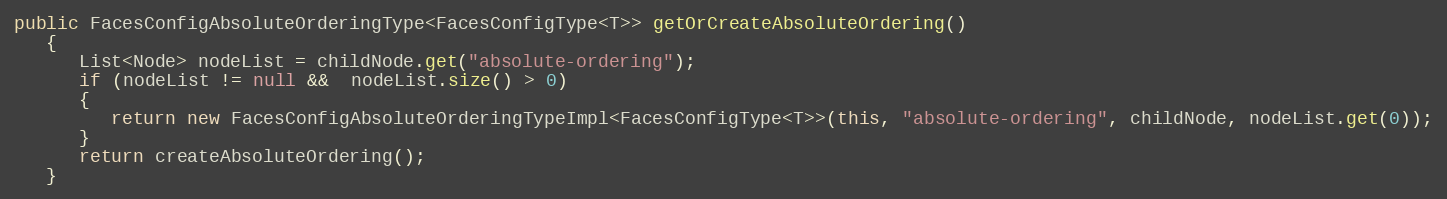
Language: Java
public FacesConfigAbsoluteOrderingType<FacesConfigType<T>> getOrCreateAbsoluteOrdering()
   {
      List<Node> nodeList = childNode.get("absolute-ordering");
      if (nodeList != null &&  nodeList.size() > 0)
      {
         return new FacesConfigAbsoluteOrderingTypeImpl<FacesConfigType<T>>(this, "absolute-ordering", childNode, nodeList.get(0));
      }
      return createAbsoluteOrdering();
   }